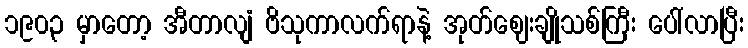
၁၉၀၃ မှာတော့ အီတာလျံ ဗိသုကာလက်ရာနဲ့ အုတ်ဈေးချိုသစ်ကြီး ပေါ်လာပြီး